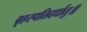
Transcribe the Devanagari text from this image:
बृहस्पतिदर्धातु॥